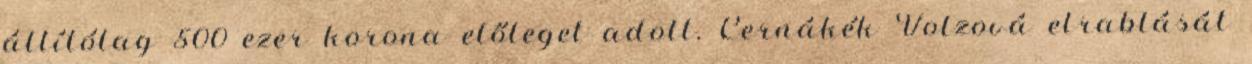
állítólag 500 ezer korona előleget adott. Černákék Volzová elrablását